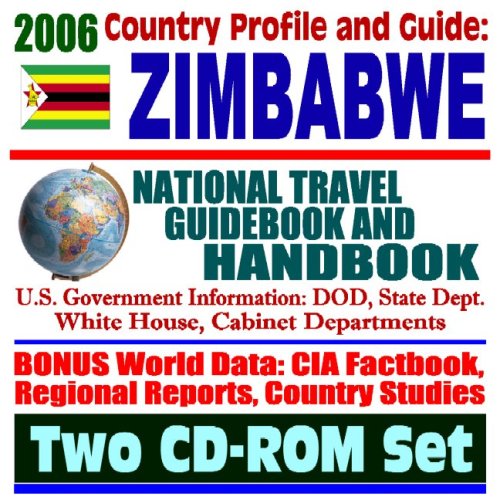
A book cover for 2006 Country Profile and Guide to Zimbabwe:  National Travel Guidebook and Handbook:  Human Rights and Sanctions, USAID Reports, Water Use, Law, Energy, AGOA (Two CD-ROM Set); U.S. Government; Travel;